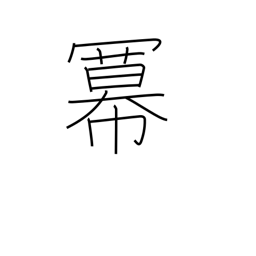
Meaning: exponent